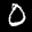
Label: 0